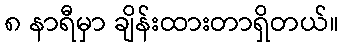
၈ နာရီမှာ ချိန်းထားတာရှိတယ်။